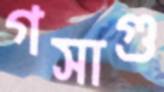
গসাগু